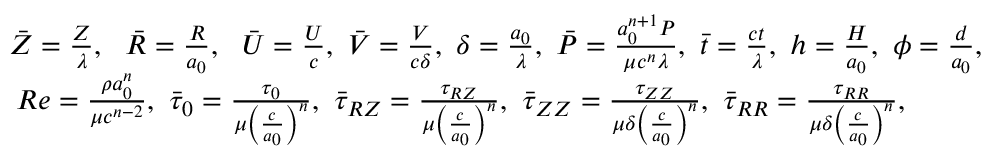
\begin{array} { r } { \bar { Z } = \frac { Z } { \lambda } , ~ ~ \bar { R } = \frac { R } { a _ { 0 } } , ~ ~ \bar { U } = \frac { U } { c } , ~ \bar { V } = \frac { V } { c \delta } , ~ \delta = \frac { a _ { 0 } } { \lambda } , ~ \bar { P } = \frac { a _ { 0 } ^ { n + 1 } P } { \mu c ^ { n } \lambda } , ~ \bar { t } = \frac { c t } { \lambda } , ~ h = \frac { H } { a _ { 0 } } , ~ \phi = \frac { d } { a _ { 0 } } , } \\ { R e = \frac { \rho a _ { 0 } ^ { n } } { \mu c ^ { n - 2 } } , ~ \bar { \tau } _ { 0 } = \frac { \tau _ { 0 } } { \mu \left( \frac { c } { a _ { 0 } } \right) ^ { n } } , ~ \bar { \tau } _ { R Z } = \frac { \tau _ { R Z } } { \mu \left( \frac { c } { a _ { 0 } } \right) ^ { n } } , ~ \bar { \tau } _ { Z Z } = \frac { \tau _ { Z Z } } { \mu \delta \left( \frac { c } { a _ { 0 } } \right) ^ { n } } , ~ \bar { \tau } _ { R R } = \frac { \tau _ { R R } } { \mu \delta \left( \frac { c } { a _ { 0 } } \right) ^ { n } } , ~ ~ ~ ~ ~ ~ ~ ~ } \end{array}